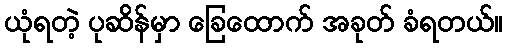
ယုံရတဲ့ ပုဆိန်မှာ ခြေထောက် အခုတ် ခံရတယ်။